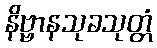
နိဗ္ဗာနသုခသုတ္တံ